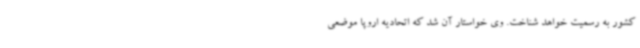
کشور به رسمیت خواهد شناخت. وی خواستار آن شد که اتحادیه اروپا موضعی